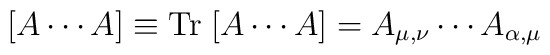
[A \cdots A] \equiv \mathrm{Tr}\; [A \cdots A] = A_{\mu, \nu} \cdots A_{\alpha,\mu}